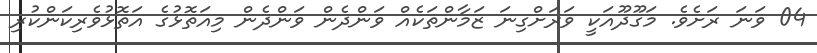
04 ވަނަ ރަށެވެ. މަގޫދޫއަކީ ވަރަށްގިނަ ޒަމާންތަކެއް ވަންދެން ވަންދެން މިއަތޮޅުގެ އަތޮޅުވެރިކަންކުރި